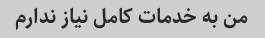
من به خدمات کامل نیاز ندارم